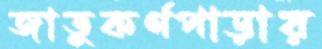
জাতুকর্ণপাড়ায়